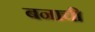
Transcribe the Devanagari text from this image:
बनाची